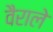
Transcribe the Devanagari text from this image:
वैराले